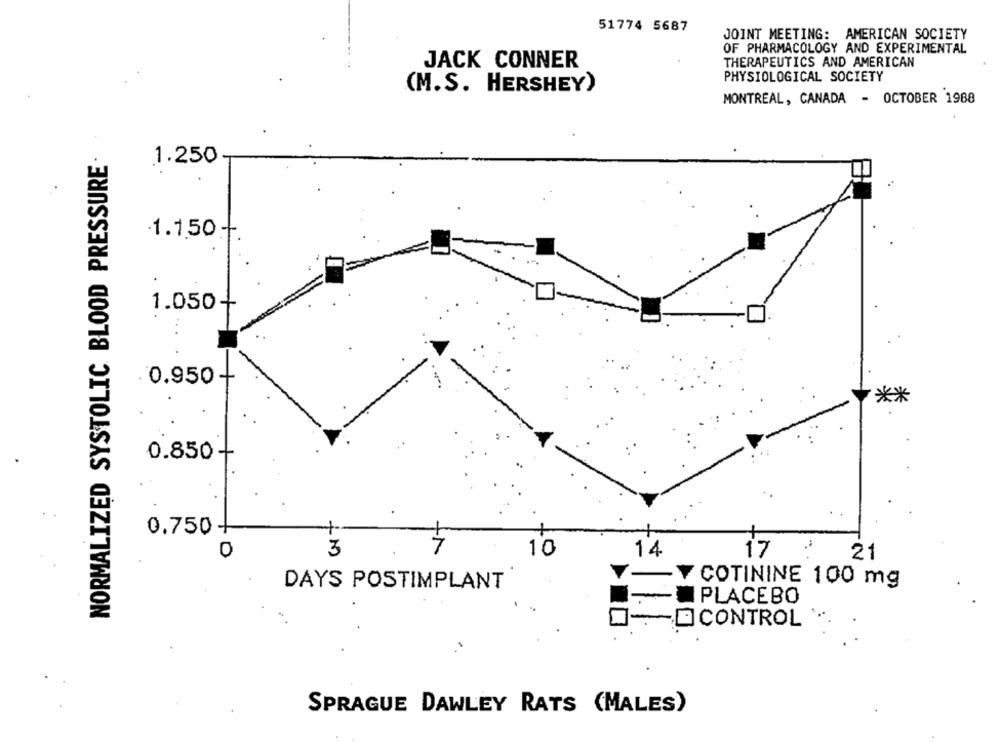
51774 5687
JOINT MEETING: AMERICAN SOCIETY
OF PHARMACOLOGY AND EXPERIMENTAL
JACK CONNER
THERAPEUTICS AND AMERICAN
PHYSIOLOGICAL SOCIETY
(M.S. HERSHEY)
MONTREAL, CANADA - OCTOBER 1988
NORMALIZED SYSTOLIC BLOOD PRESSURE
1.250
1.1.50 +.
1.050+
. 0.950 +
**
0.850 +
0.750-
to
3
7
10
14
17
21
DAYS POSTIMPLANT
V COTININE 100 mg
PLACEBO
DCONTROL
SPRAGUE DAWLEY RATS (MALES)